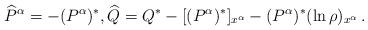
LaTeX: \begin{align*}\widehat P^\alpha=-(P^\alpha)^*,\widehat Q=Q^*-[(P^\alpha)^*]_{x^\alpha}-(P^\alpha)^*(\ln\rho)_{x^\alpha}\,.\end{align*}